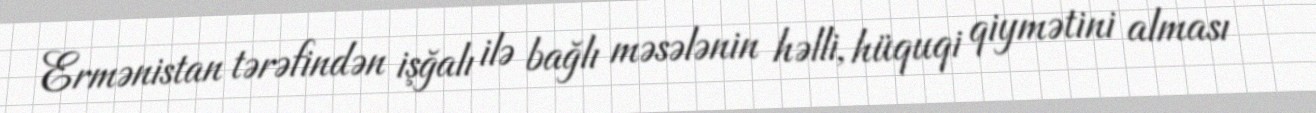
Ermənistan tərəfindən işğalı ilə bağlı məsələnin həlli, hüquqi qiymətini alması